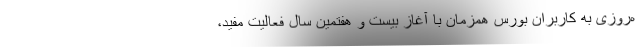
ه‌روزی به کاربران بورس همزمان با آغاز بیست و هفتمین سال فعالیت مفید،